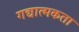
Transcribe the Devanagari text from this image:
गद्यात्मकता